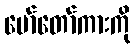
မော်တော်ကားကို